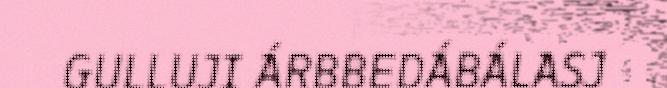
GULLUJI ÁRBBEDÁBÁLASJ